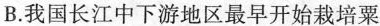
B.我国长江中下游地区最早开始栽培粟